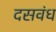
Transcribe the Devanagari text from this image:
दसवंध